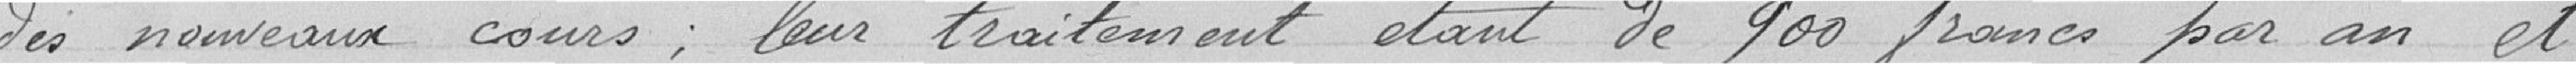
des nouveaux cours; leur traitement étant de 900 francs par an et